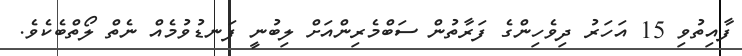
ފާއިތުވި 15 އަހަރު ދިވެހިންގެ ފަރާތުން ސަބްމެރިންއަށް ލިބުނީ ފަނޑުވުމެއް ނެތް ލޯތްބެކެވެ.